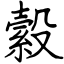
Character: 縠